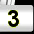
Digit: 3